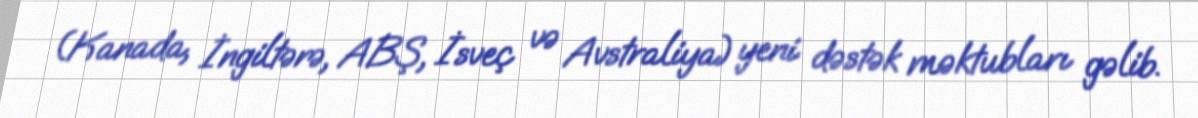
(Kanada, İngiltərə, ABŞ, İsveç və Avstraliya) yeni dəstək məktubları gəlib.